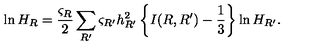
\ln H _ { R } = \frac { \varsigma _ { R } } { 2 } \sum _ { R ^ { \prime } } \varsigma _ { R ^ { \prime } } h _ { R ^ { \prime } } ^ { 2 } \left\{ I ( R , R ^ { \prime } ) - \frac { 1 } { 3 } \right\} \ln H _ { R ^ { \prime } } .